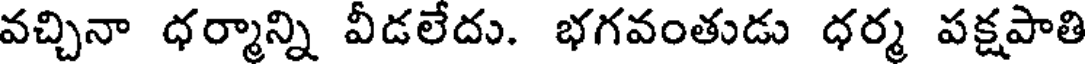
వచ్చినా ధర్మాన్ని వీడలేదు. భగవంతుడు ధర్మ పక్షపాతి